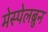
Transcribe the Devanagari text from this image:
मेस्पेलब्रुन